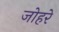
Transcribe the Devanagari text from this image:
जोहरे